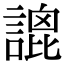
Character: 𧪫